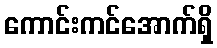
ကောင်းကင်အောက်ရှိ